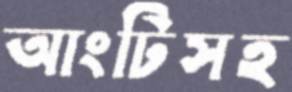
আংটিসহ